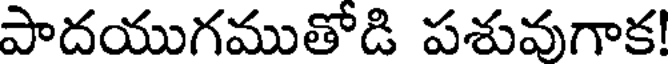
పాదయుగముతోడి పశువుగాక!